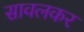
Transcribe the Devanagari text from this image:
सावलकर